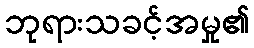
ဘုရားသခင့်အမှု၏